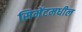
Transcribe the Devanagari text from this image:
सिमेंटमधील